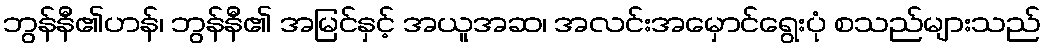
ဘွန်နီ၏ဟန်၊ ဘွန်နီ၏ အမြင်နှင့် အယူအဆ၊ အလင်းအမှောင်ရွေးပုံ စသည်များသည်